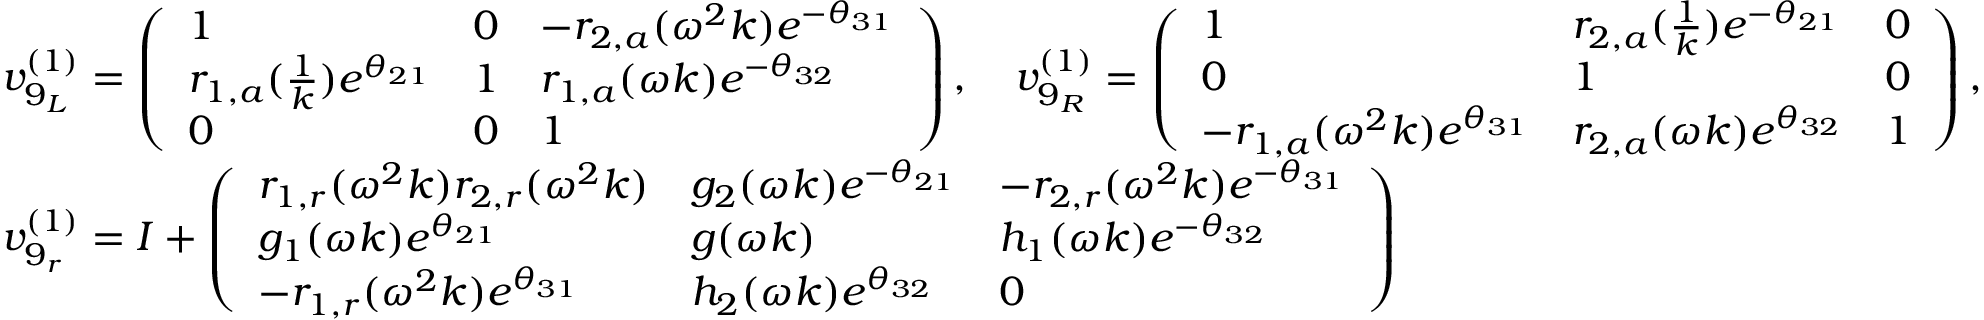
\begin{array} { r l } & { v _ { 9 _ { L } } ^ { ( 1 ) } = \left( \begin{array} { l l l } { 1 } & { 0 } & { - r _ { 2 , a } ( \omega ^ { 2 } k ) e ^ { - \theta _ { 3 1 } } } \\ { r _ { 1 , a } ( \frac { 1 } { k } ) e ^ { \theta _ { 2 1 } } } & { 1 } & { r _ { 1 , a } ( \omega k ) e ^ { - \theta _ { 3 2 } } } \\ { 0 } & { 0 } & { 1 } \end{array} \right) , \quad v _ { 9 _ { R } } ^ { ( 1 ) } = \left( \begin{array} { l l l } { 1 } & { r _ { 2 , a } ( \frac { 1 } { k } ) e ^ { - \theta _ { 2 1 } } } & { 0 } \\ { 0 } & { 1 } & { 0 } \\ { - r _ { 1 , a } ( \omega ^ { 2 } k ) e ^ { \theta _ { 3 1 } } } & { r _ { 2 , a } ( \omega k ) e ^ { \theta _ { 3 2 } } } & { 1 } \end{array} \right) , } \\ & { v _ { 9 _ { r } } ^ { ( 1 ) } = I + \left( \begin{array} { l l l } { r _ { 1 , r } ( \omega ^ { 2 } k ) r _ { 2 , r } ( \omega ^ { 2 } k ) } & { g _ { 2 } ( \omega k ) e ^ { - \theta _ { 2 1 } } } & { - r _ { 2 , r } ( \omega ^ { 2 } k ) e ^ { - \theta _ { 3 1 } } } \\ { g _ { 1 } ( \omega k ) e ^ { \theta _ { 2 1 } } } & { g ( \omega k ) } & { h _ { 1 } ( \omega k ) e ^ { - \theta _ { 3 2 } } } \\ { - r _ { 1 , r } ( \omega ^ { 2 } k ) e ^ { \theta _ { 3 1 } } } & { h _ { 2 } ( \omega k ) e ^ { \theta _ { 3 2 } } } & { 0 } \end{array} \right) } \end{array}